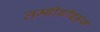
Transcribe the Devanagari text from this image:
लम्ब्रीकॉइड्स